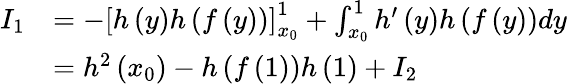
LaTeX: \begin{array}{rl}{I_{1}}&{=-\left[h\left(y\right)h\left(f\left(y\right)\right)\right]_{x_{0}}^{1}+\int_{x_{0}}^{1}h^{\prime}\left(y\right)h\left(f\left(y\right)\right)dy}\\ &{=h^{2}\left(x_{0}\right)-h\left(f\left(1\right)\right)h\left(1\right)+I_{2}}\end{array}